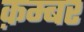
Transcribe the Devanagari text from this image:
क़म्बर